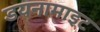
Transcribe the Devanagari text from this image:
डयनामाइट